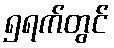
၅ရက်တွင်